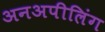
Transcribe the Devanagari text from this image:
अनअपीलिंग